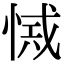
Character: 𢜾